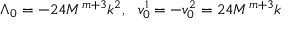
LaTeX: \Lambda _ { 0 } = - 2 4 M ^ { m + 3 } k ^ { 2 } , ~ ~ v _ { 0 } ^ { 1 } = - v _ { 0 } ^ { 2 } = 2 4 M ^ { m + 3 } k